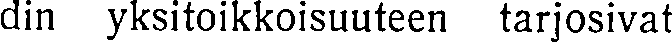
din yksitoikkoisuuteen tarjosivat